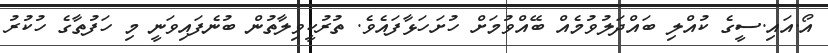
އޯ.އައި.ސީގެ ކުއްލި ބައްދަލުވުމެއް ބޭއްވުމަށް ހުށަހަޅާފައެވެ. ތުރުކީވިލާތުން ބުނެފައިވަނީ މި ހަފުތާގެ ހުކުރު